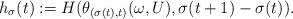
LaTeX: \begin{align*} h_\sigma(t) := H( \theta_{(\sigma(t), t)} (\omega, U), \sigma(t + 1) - \sigma(t)).\end{align*}